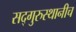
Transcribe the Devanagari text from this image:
सद्‌गुरुस्थानीच